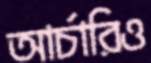
আর্চারিও